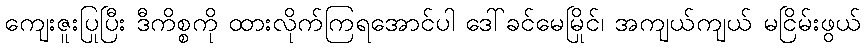
ကျေးဇူးပြုပြီး ဒီကိစ္စကို ထားလိုက်ကြရအောင်ပါ ဒေါ်ခင်မေမြိုင်၊ အကျယ်ကျယ် မငြိမ်းဖွယ်